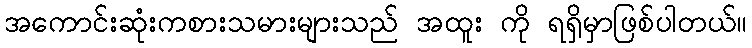
အကောင်းဆုံးကစားသမားများသည် အထူး ကို ရရှိမှာဖြစ်ပါတယ်။